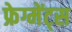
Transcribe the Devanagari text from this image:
फ्रेग्मेंट्स